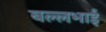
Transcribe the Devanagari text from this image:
बल्लभाई